Treatise on elephants
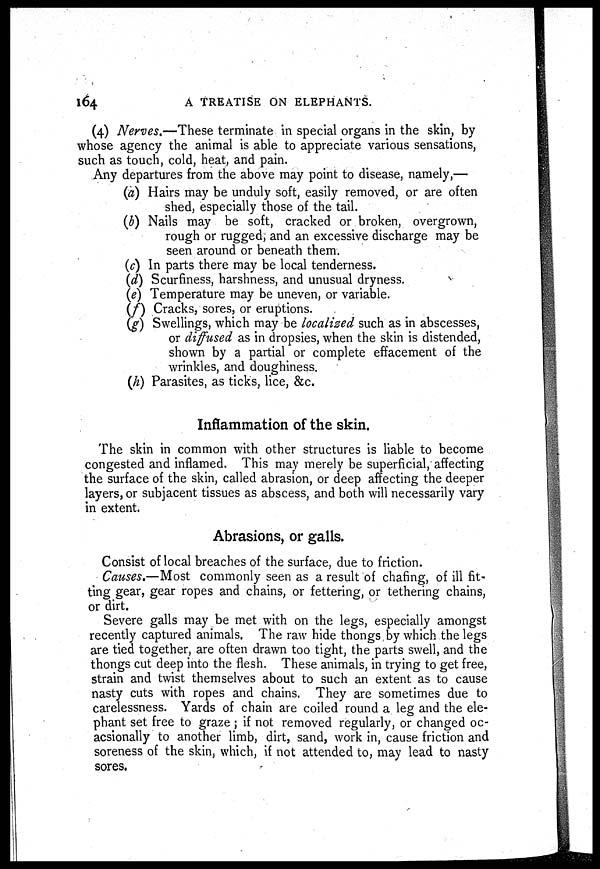
164
A TREATISE ON ELEPHANTS.
(4) Nerves.—These terminate in special organs in the skin, by
whose agency the animal is able to appreciate various sensations,
such as touch, cold, heat, and pain.
Any departures from the above may point to disease, namely,—
(a) Hairs may be unduly soft, easily removed, or are often
shed, especially those of the tail.
(b) Nails may be soft, cracked or broken, overgrown,
rough or rugged, and an excessive discharge may be
seen around or beneath them.
(c) In parts there may be local tenderness.
(d) Scurfiness, harshness, and unusual dryness.
(e) Temperature may be uneven, or variable.
(f) Cracks, sores, or eruptions.
(g) Swellings, which may be localized such as in abscesses,
or diffused as in dropsies, when the skin is distended,
shown by a partial or complete effacement of the
wrinkles, and doughiness.
(h) Parasites, as ticks, lice, &c.
Inflammation of the skin.
The skin in common with other structures is liable to become
congested and inflamed. This may merely be superficial, affecting
the surface of the skin, called abrasion, or deep affecting the deeper
layers, or subjacent tissues as abscess, and both will necessarily vary
in extent.
Abrasions, or galls.
Consist of local breaches of the surface, due to friction.
Causes.—Most commonly seen as a result of chafing, of ill fit-
ting gear, gear ropes and chains, or fettering, or tethering chains,
or dirt.
Severe galls may be met with on the legs, especially amongst
recently captured animals. The raw hide thongs by which the legs
are tied together, are often drawn too tight, the parts swell, and the
thongs cut deep into the flesh. These animals, in trying to get free,
strain and twist themselves about to such an extent as to cause
nasty cuts with ropes and chains. They are sometimes due to
carelessness. Yards of chain are coiled round a leg and the ele-
phant set free to graze ; if not removed regularly, or changed oc-
acsionally to another limb, dirt, sand, work in, cause friction and
soreness of the skin, which, if not attended to, may lead to nasty
sores.